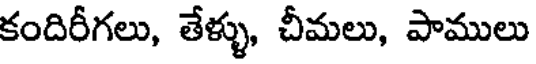
కందిరీగలు, తేళ్ళు, చీమలు, పాములు